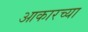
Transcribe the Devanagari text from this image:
आकारच्या